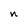
Character: n